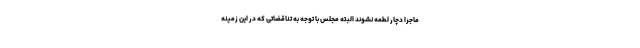
ماجرا دچار لطمه نشوند البته مجلس با توجه به تناقضاتی که در این زمینه